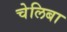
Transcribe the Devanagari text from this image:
चेलिबा